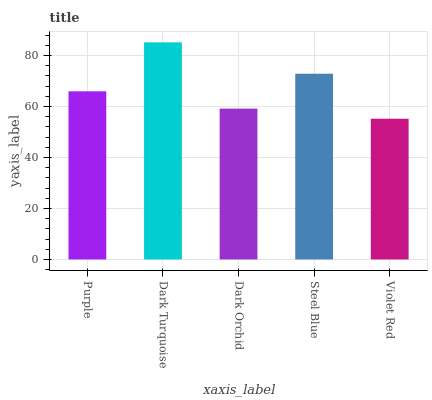
| xaxis_label | bars |
 | --- | --- |
 | Purple | 65.9 |
 | Dark Turquoise | 85.1 |
 | Dark Orchid | 59.2 |
 | Steel Blue | 72.8 |
 | Violet Red | 55.2 |